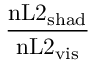
\frac { \mathrm { n L 2 } _ { \mathrm { s h a d } } } { \mathrm { n L 2 } _ { \mathrm { v i s } } }